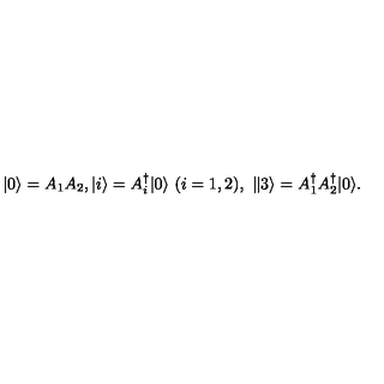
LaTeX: | 0 \rangle = { { A } } _ { 1 } { { A } } _ { 2 } , | i \rangle = { A } _ { i } ^ { \dagger } | 0 \rangle \ ( { i } = 1 , 2 ) , \ \| 3 \rangle = { A } _ { 1 } ^ { \dagger } { A } _ { 2 } ^ { \dagger } | 0 \rangle .